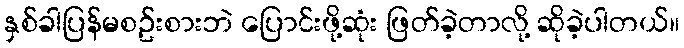
နှစ်ခါပြန်မစဥ်းစားဘဲ ပြောင်းဖို့ဆုံး ဖြတ်ခဲ့တာလို့ ဆိုခဲ့ပါတယ်။